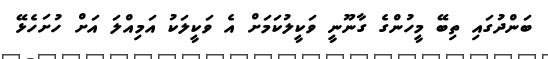
ބަންދުގައި ތިބޭ މީހުންގެ ގާނޫނީ ވަކީލުކަމަށް އެ ވަކީލަކު އަމިއްލަ އަށް ހުށަހެޅޭ